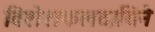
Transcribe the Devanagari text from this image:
विशेशफलदायिने